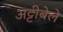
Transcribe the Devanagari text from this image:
अट्टीबेले